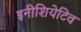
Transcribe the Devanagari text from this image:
इनीशियेटिव